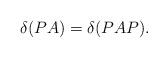
LaTeX: \begin{align*}\delta(PA)=\delta(PAP). \end{align*}